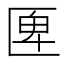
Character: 𠥉